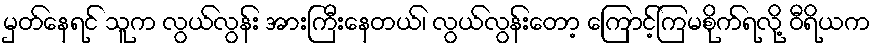
မှတ်နေရင် သူက လွယ်လွန်း အားကြီးနေတယ်၊ လွယ်လွန်းတော့ ကြောင့်ကြမစိုက်ရလို့ ဝီရိယက